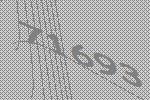
71693